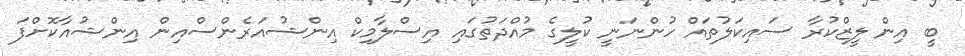
ބީ އިން ލީޒްކުރާ ސައިކަލުތައް ހުންނަނީ ކުލީގެ މުއްދަތުގައި އިސްލާމިކް އިންޝުއަރެންސްއިން އިންޝުއާކޮށްފަ